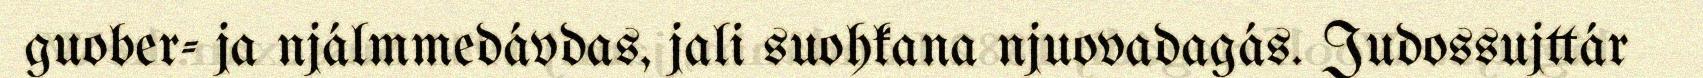
guober- ja njálmmedávdas, jali suohkana njuovadagás. Judossujttár